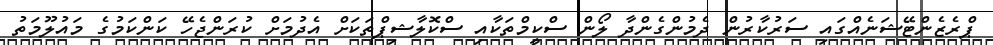
ޕްރެޒެންޓޭޝަނެއްގައި ސަރުކާރުން ދެމުންގެންދާ ލޯން ސްކީމްތަކާއި ސްކޮލާޝިޕްތަކަށް އެދުމަށް ކުރަންޖެހޭ ކަންކަމުގެ މައުލޫމަތު